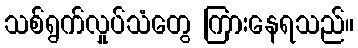
သစ်ရွက်လှုပ်သံတွေ ကြားနေရသည်။